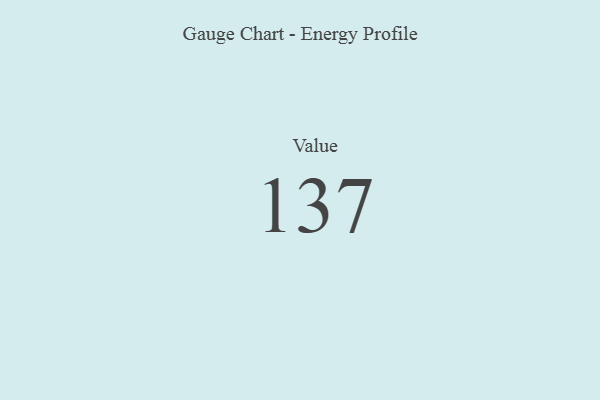
{"axis": {"x": "Metric", "y": "Value"}, "legend": [""], "data": [{"x": "Value", "y": 137, "type": ""}]}